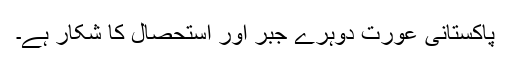
پاکستانی عورت دوہرے جبر اور استحصال کا شکار ہے۔